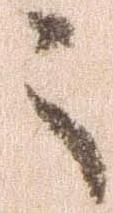
々